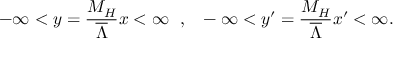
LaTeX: - \infty < y = { \frac { M _ { H } } { \overline { { { \Lambda } } } } } x < \infty ~ ~ , ~ ~ - \infty < y ^ { \prime } = { \frac { M _ { H } } { \overline { { { \Lambda } } } } } x ^ { \prime } < \infty .